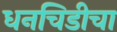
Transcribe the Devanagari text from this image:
धनचिडीचा